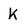
Character: K